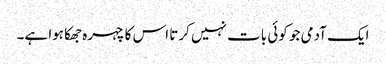
ایک آدمی جو کوئی بات نہیں کرتا اس کا چہرہ جھکا ہوا ہے۔